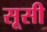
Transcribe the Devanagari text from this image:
सूसी